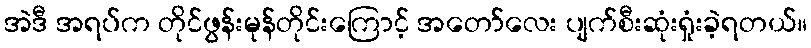
အဲဒီ အရပ်က တိုင်ဖွန်းမုန်တိုင်းကြောင့် အတော်လေး ပျက်စီးဆုံးရှုံးခဲ့ရတယ်။